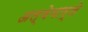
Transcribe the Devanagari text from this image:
अल्बेमार्ले